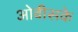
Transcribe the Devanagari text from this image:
ओवीसके